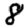
Digit: 8